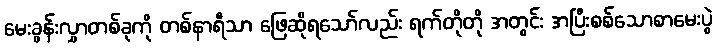
မေးခွန်းလွှာတစ်ခုကို တစ်နာရီသာ ဖြေဆိုရသော်လည်း ရက်တိုတို အတွင်း အပြီးစစ်သောစာမေးပွဲ